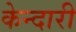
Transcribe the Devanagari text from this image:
केन्दारी